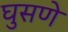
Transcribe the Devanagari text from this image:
घुसणे